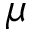
\mu